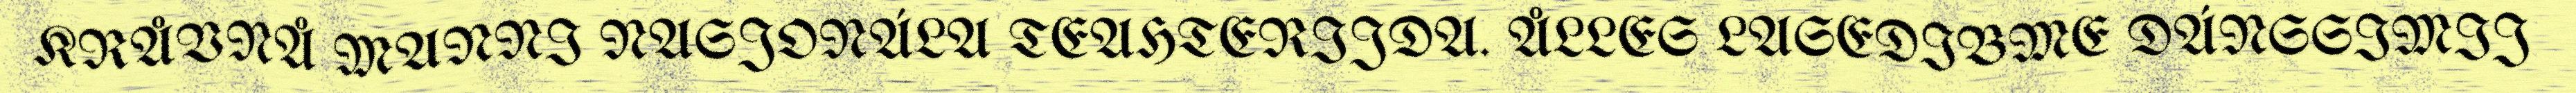
KRÅVNÅ MANNI NASJONÁLA TEAHTERIJDA. ÅLLES LASEDIBME DÁNSSIMIJ